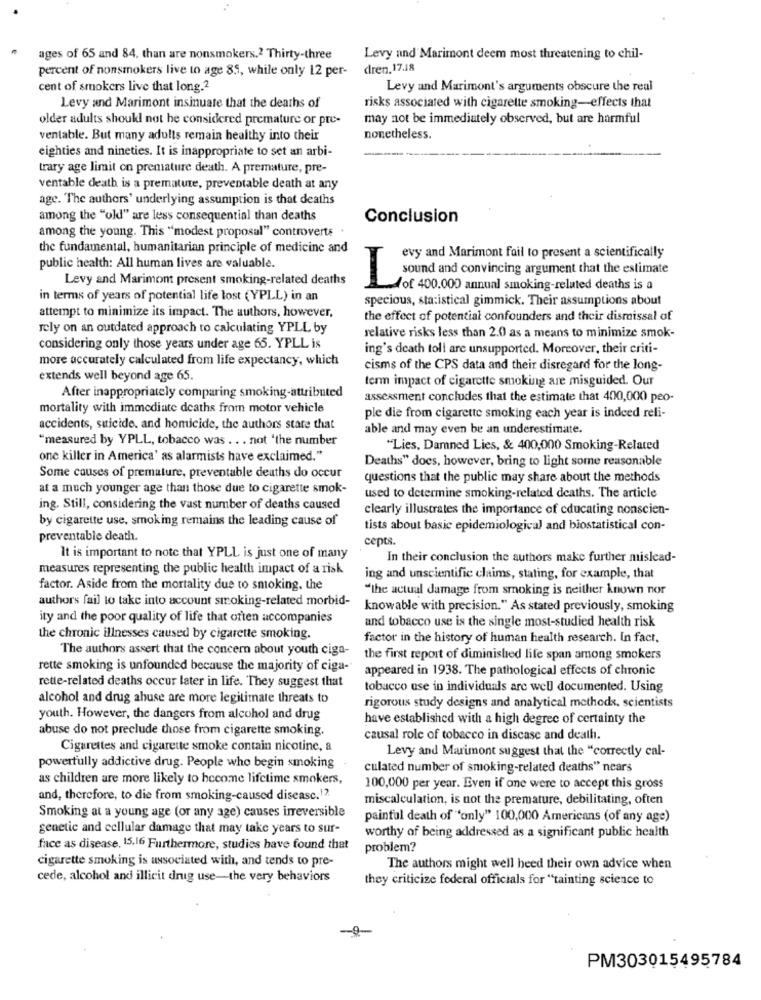
ages of 65 and 84. than are nonsmokers.2 Thirty-three
Levy and Marimont deem most threatening to chil-
percent of nonsmokers live to age 85, while only 12 per- dren. 17.18
cent of smokers live that long.2
Levy and Marimont's arguments obscure the real
Levy and Marimont insinuate that the deaths of
risks associated with cigarette smoking-effects that
older adults should not be considered premature or pre-
may not be immediately observed, but are harmful
ventable. But many adults remain healthy into their
nonetheless.
eighties and nineties. It is inappropriate to set an arbi-
trary age limit on premature death. A premature, pre-
ventable death is a premature, preventable death at any
age. The authors' underlying assumption is that deaths
among the "old" are less consequential than deaths
Conclusion
among the young. This "modest proposal" controverts
the fundamental, humanitarian principle of medicine and
evy and Marimont fail to present a scientifically
public health: All human lives are valuable.
Levy and Marimont present smoking-related deaths
I sound and convincing argument that the estimate
Aof 400.000 annual smoking-related deaths is a
in terms of years of potential life lost (YPLL) in an
specious, statistical gimmick. Their assumptions about
attempt to minimize its impact. The authors, however,
the effect of potential confounders and their dismissal of
rely on an outdated approach to calculating YPLL by
relative risks less than 2.0 as a means to minimize smok-
considering only those years under age 65. YPLL is
ing's death toll are unsupported. Moreover, their criti-
more accurately calculated from life expectancy, which
cisms of the CPS data and their disregard for the long-
extends well beyond age 65.
term impact of cigarette smoking are misguided. Our
After inappropriately comparing smoking-attributed
assessment concludes that the estimate that 400,000 peo-
mortality with immediate deaths from motor vehicle
ple die from cigarette smoking each year is indeed reli-
accidents, suicide, and homicide, the authors stare that
able and may even be an underestimate.
"measured by YPLL, tobacco was ... not 'the number
"Lies, Damned Lies, & 400,000 Smoking-Related
one killer in America' as alarmists have exclaimed."
Deaths" does, however, bring to light some reasonable
Some causes of premature, preventable deaths do occur
questions that the public may share about the methods
at a much younger age than those due to cigarette smok-
used to determine smoking-related deaths. The article
ing. Still, considering the vast number of deaths caused
clearly illustrates the importance of educating nonscien-
by cigarette use, smoking remains the leading cause of
tists about basic epidemiological and biostatistical con-
preventable death.
cepts.
It is important to note that YPLL is just one of many
In their conclusion the authors make further mislead-
measures representing the public health impact of a risk
ing and unscientific claims, stating, for example, that
factor. Aside from the mortality due to smoking, the
"the actual damage from smoking is neither known nor
authors fail to take into account smoking-related morbid-
knowable with precision." As stated previously, smoking
ity and the poor quality of life that often accompanies
and tobacco use is the single most-studied health risk
the chronic illnesses caused by cigarette smoking.
factor in the history of human health research. In fact,
The authors assert that the concern about youth ciga-
the first report of diminished life span among smokers
rette smoking is unfounded because the majority of ciga-
appeared in 1938. The pathological effects of chronic
rette-related deaths occur later in life. They suggest that
tobacco use in individuals are well documented. Using
alcohol and drug abuse are more legitimate threats to
rigorous study designs and analytical methods, scientists
youth. However, the dangers from alcohol and drug
have established with a high degree of certainty the
abuse do not preclude those from cigarette smoking.
causal role of tobacco in discase and death.
Cigarettes and cigarette smoke contain nicotine, a
Levy and Marimont suggest that the "correctly cal-
powerfully addictive drug. People who begin smoking
culated number of smoking-related deaths" nears
as children are more likely to become lifetime smokers,
100,000 per year. Even if one were to accept this gross
and, therefore, to die from smoking-caused disease.12.
miscalculation, is not the premature, debilitating, often
Smoking at a young age (or any age) causes irreversible
painful death of 'only" 100,000 Americans (of any age)
genetic and cellular damage that may take years to sur-
worthy of being addressed as a significant public health
face as disease, 15,16 Furthermore, studies have found that
problem?
cigarette smoking is associated with, and tends to pre-
The authors might well heed their own advice when
cede, alcohol and illicit drug use-the very behaviors
they criticize federal officials for "tainting science to
PM303015495784